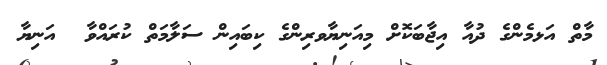
މާތް އަޅމެންގެ ދުއާ އިޖާބަކޮށް މިއަނިޔާވރިންގެ ކިބައިން ސަލާމަތް ކުރައްވާ  އަނިޔާ